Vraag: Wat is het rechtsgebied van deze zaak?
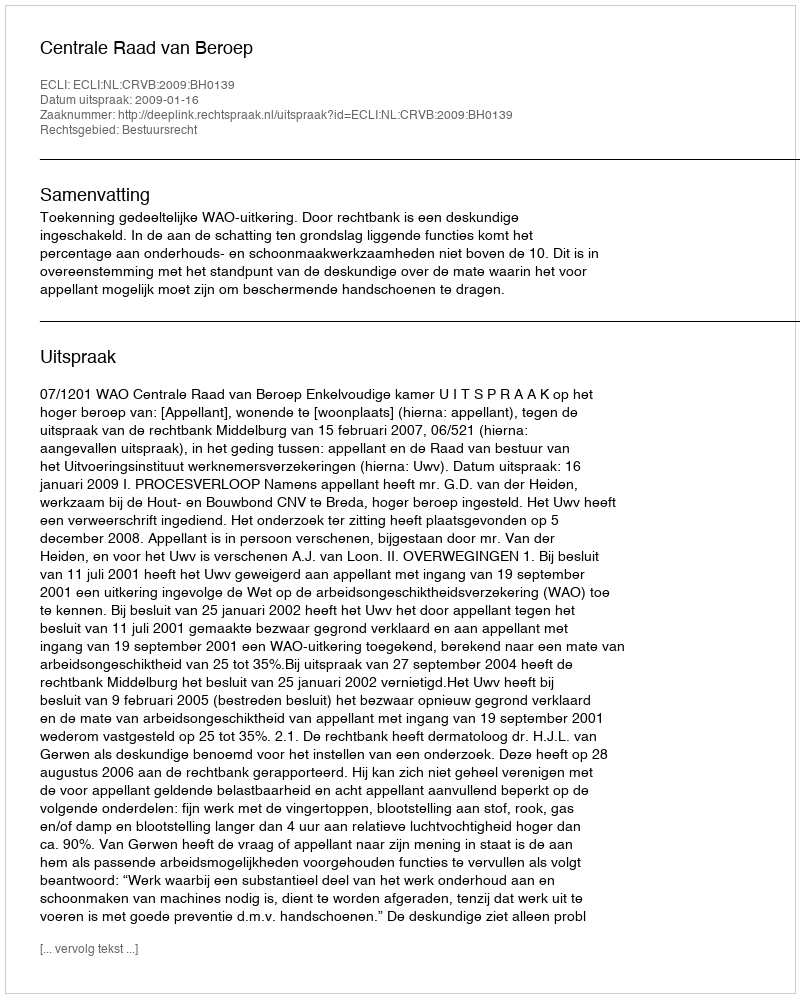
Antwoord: Bestuursrecht